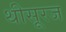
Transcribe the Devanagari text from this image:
थीसूरज